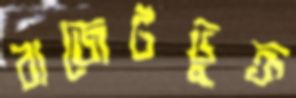
বাজেটভুক্ত